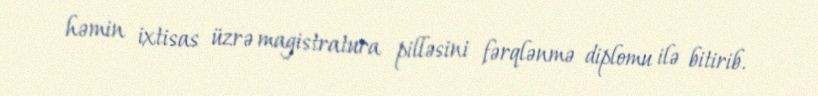
həmin ixtisas üzrə magistratura pilləsini fərqlənmə diplomu ilə bitirib.